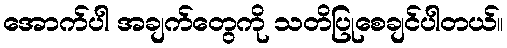
အောက်ပါ အချက်တွေကို သတိပြုစေချင်ပါတယ်။